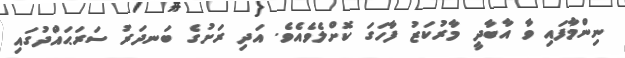
ނިންމާފައި ވާ އާބާދީ މާރުކަޒު ފާހަގަ ކޮށްލެވެއެވެ. އަދި ރަށުގެ ބަނދަރު ސަރަޙައްދުގައި